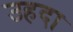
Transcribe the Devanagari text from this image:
उहदा